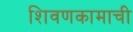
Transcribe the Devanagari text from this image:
शिवणकामाची